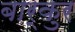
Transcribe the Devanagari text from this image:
बार्कुर